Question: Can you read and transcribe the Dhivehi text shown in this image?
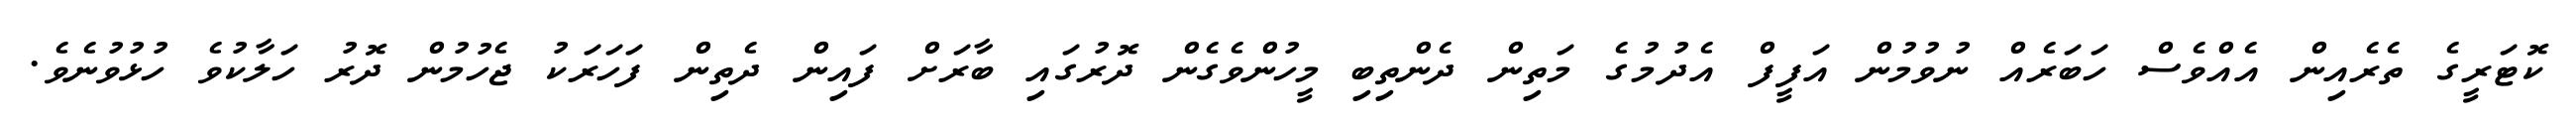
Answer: ކޮޓަރީގެ ތެރެއިން އެއްވެސް ހަބަރެއް ނުވުމުން އަފީފް އެދުމުގެ މަތިން ދެންތިބި މީހުންވެގެން ދޮރުގައި ބާރަށް ފައިން ދެތިން ފަހަރަކު ޖެހުމުން ދޮރު ހަލާކުވެ ހުޅުވުނެވެ.